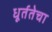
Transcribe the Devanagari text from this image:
धूर्ततेचा